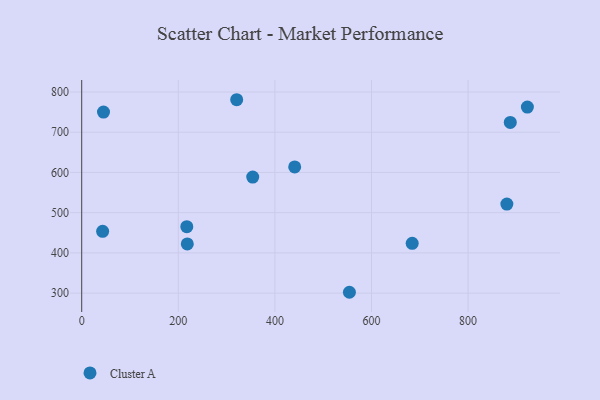
{"axis": {"x": "Study Hours", "y": "Rating"}, "legend": ["Cluster A"], "data": [{"x": "441.0", "y": 613.6, "type": "Cluster A"}, {"x": "218.6", "y": 422.3, "type": "Cluster A"}, {"x": "880.3", "y": 521.3, "type": "Cluster A"}, {"x": "45.1", "y": 749.9, "type": "Cluster A"}, {"x": "554.3", "y": 302.1, "type": "Cluster A"}, {"x": "320.9", "y": 780.7, "type": "Cluster A"}, {"x": "887.4", "y": 724.3, "type": "Cluster A"}, {"x": "684.3", "y": 423.7, "type": "Cluster A"}, {"x": "43.3", "y": 453.5, "type": "Cluster A"}, {"x": "354.1", "y": 588.4, "type": "Cluster A"}, {"x": "217.6", "y": 465.2, "type": "Cluster A"}, {"x": "922.8", "y": 762.5, "type": "Cluster A"}]}